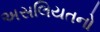
અસલિયતનો